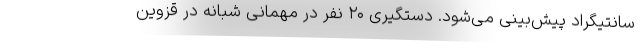
سانتیگراد پیش‌بینی می‌شود. دستگیری ۲۰ نفر در مهمانی شبانه در قزوین